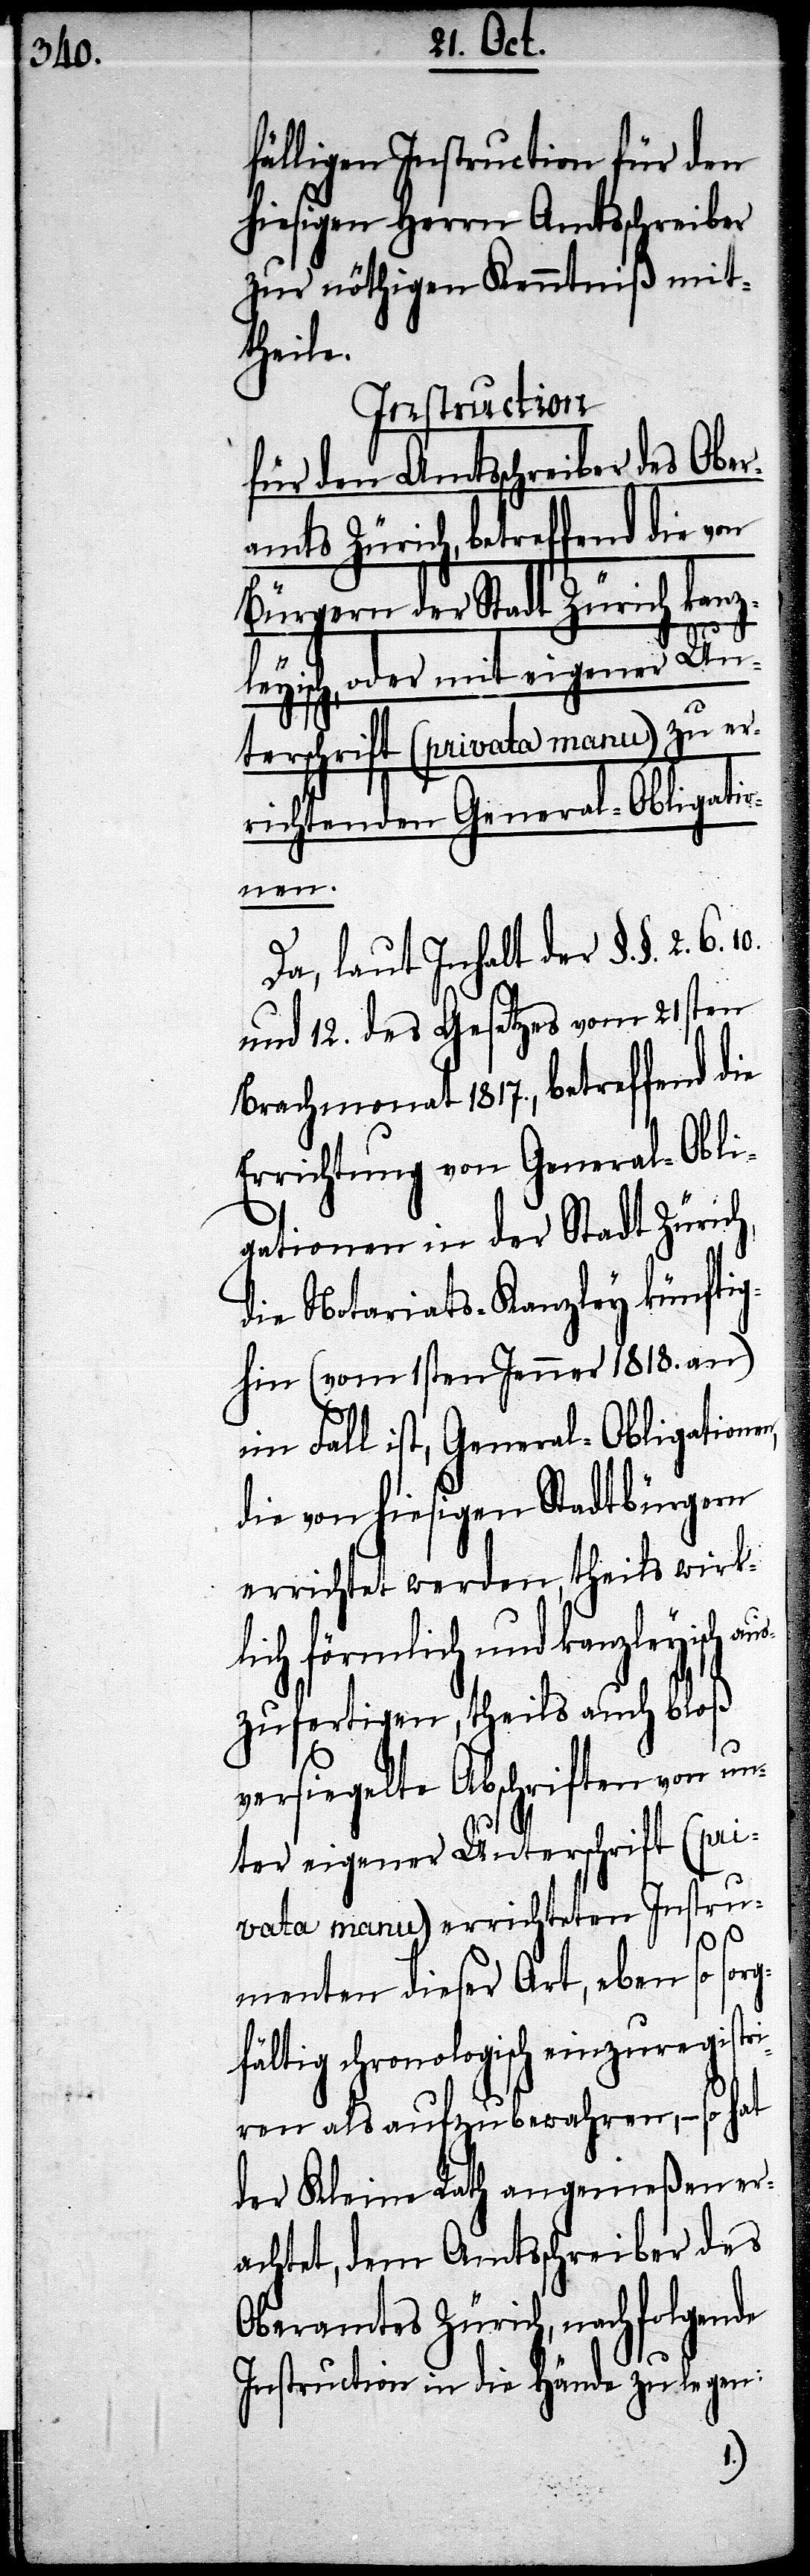
fälligen Instruction für den
hiesigen Herrn Amtsschreiber
zur nöthigen Kenntniß mit¬
theile.
Instruction
für den Amtsschreiber des Ober¬
amts Zürich, betreffend die von
Bürgern der Stadt Zürich kanz¬
leyisch, oder mit eigener Un¬
terschrift (privata manu) zu er¬
richtenden General-Obligatio¬
nen,
Da, laut Inhalt der §§. 2.
und 12. des Gesetzes vom 21sten
Brachmonat 1817., betreffend die
Errichtung von General-Obli¬
gationen in der Stadt Zürich,
die Notariats-Kanzley künftig¬
hin (vom 1sten Jenner 1818. an)
ein Fall ist, General-Obligatio¬
die von hiesigen Stadtbürgern
errichtet werden, theils wirk¬
lich förmlich und kanzleyisch au¬
szufertigen, theils auch bloß
versiegelte Abschriften von un¬
ter eigener Unterschrift (pri¬
vata manu) errichteten Instru¬
6. 10.
menten dieser Art, eben so sor¬
gfältig chronologisch einzuregistri¬
ren als aufzubewahren, – so hat
der Kleine Rath angemeßen er¬
achtet, dem Amtsschreiber des
Oberamtes Zürich, nachfolgende
Instruction in die Hände zu legen: